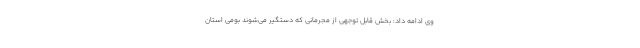
وی ادامه داد: بخش قابل توجهی از مجرمانی که دستگیر می‌شوند بومی استان